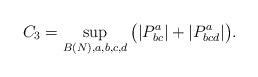
LaTeX: \begin{align*}C_3 = \sup_{B (N), a,b, c,d} \big( |P^a_{bc} | + | P^a_{bcd} | \big).\end{align*}